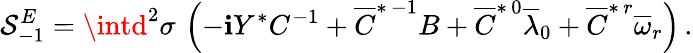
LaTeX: \mathcal{S}_{-1}^{E}=\intd^{2}\sigma\, \left(-\mathbf{i}Y^{*}C^{-1}+\overline{{{{C}}}}^{*\, -1}B+\overline{{{{C}}}}^{*\, 0}\overline{{{{\lambda}}}}_{0}+\overline{{{{C}}}}^{*\, r}\overline{{{{\omega}}}}_{r}\right)\, .